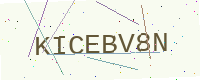
Text: KICEBV8N